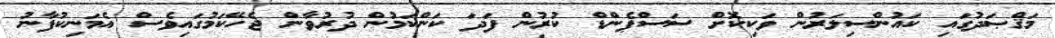
މަޤްޞަދުގައި ކައުންސިލަރުން ވަކިކޮށް ސަސްޕެންޑް ކުރުން ފަދަ ކަންކަމުން ދުރުވާން ޖެހޭކަމުގައިވެސް އެމަނިކުފާނު